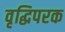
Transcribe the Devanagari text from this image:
वृद्धिपरक